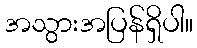
အသွားအပြန်ရှိပါ။